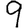
Digit: 9